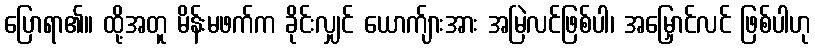
ပြောရာ၏။ ထို့အတူ မိန်းမဖက်က ခိုင်းလျှင် ယောက်ျားအား အမြဲလင်ဖြစ်ပါ၊ အမြှောင်လင် ဖြစ်ပါဟု